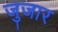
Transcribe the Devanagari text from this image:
जुजार